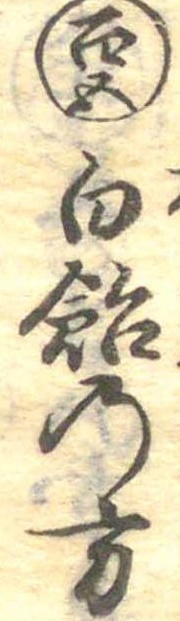
百五白飴の方